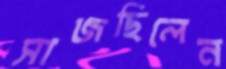
সাজছিলেন